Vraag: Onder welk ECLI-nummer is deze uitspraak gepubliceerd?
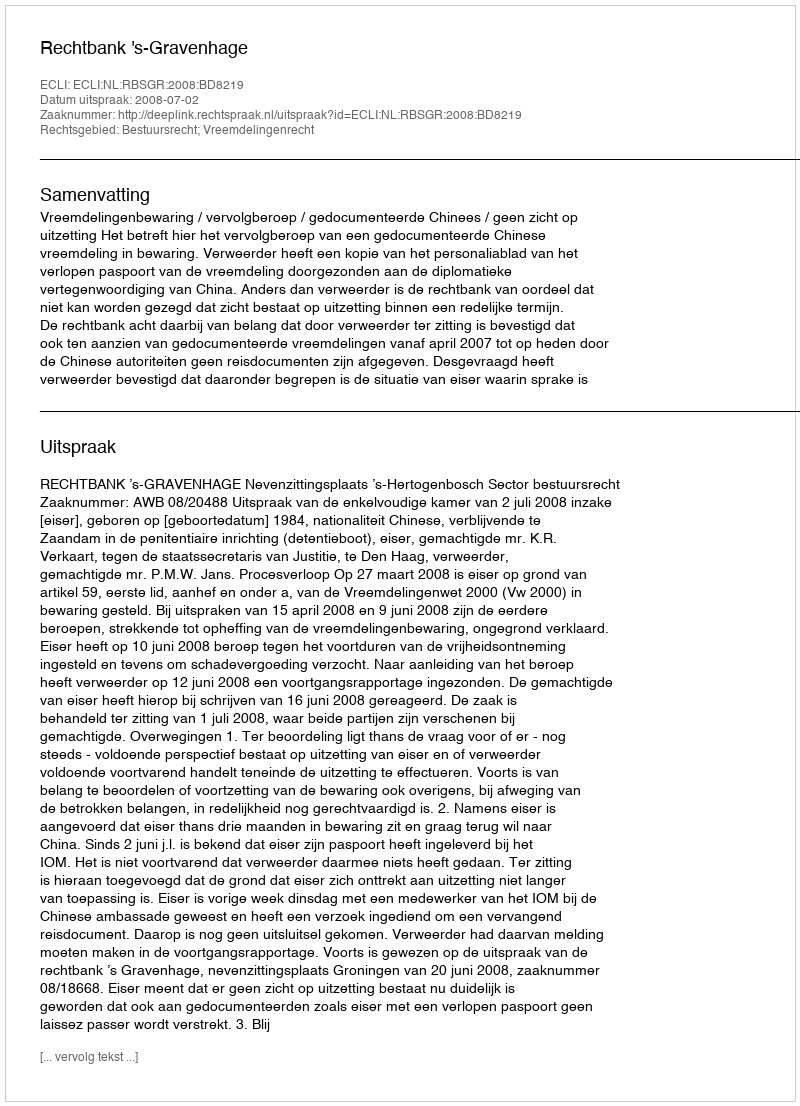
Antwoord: ECLI:NL:RBSGR:2008:BD8219